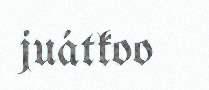
juátkoo